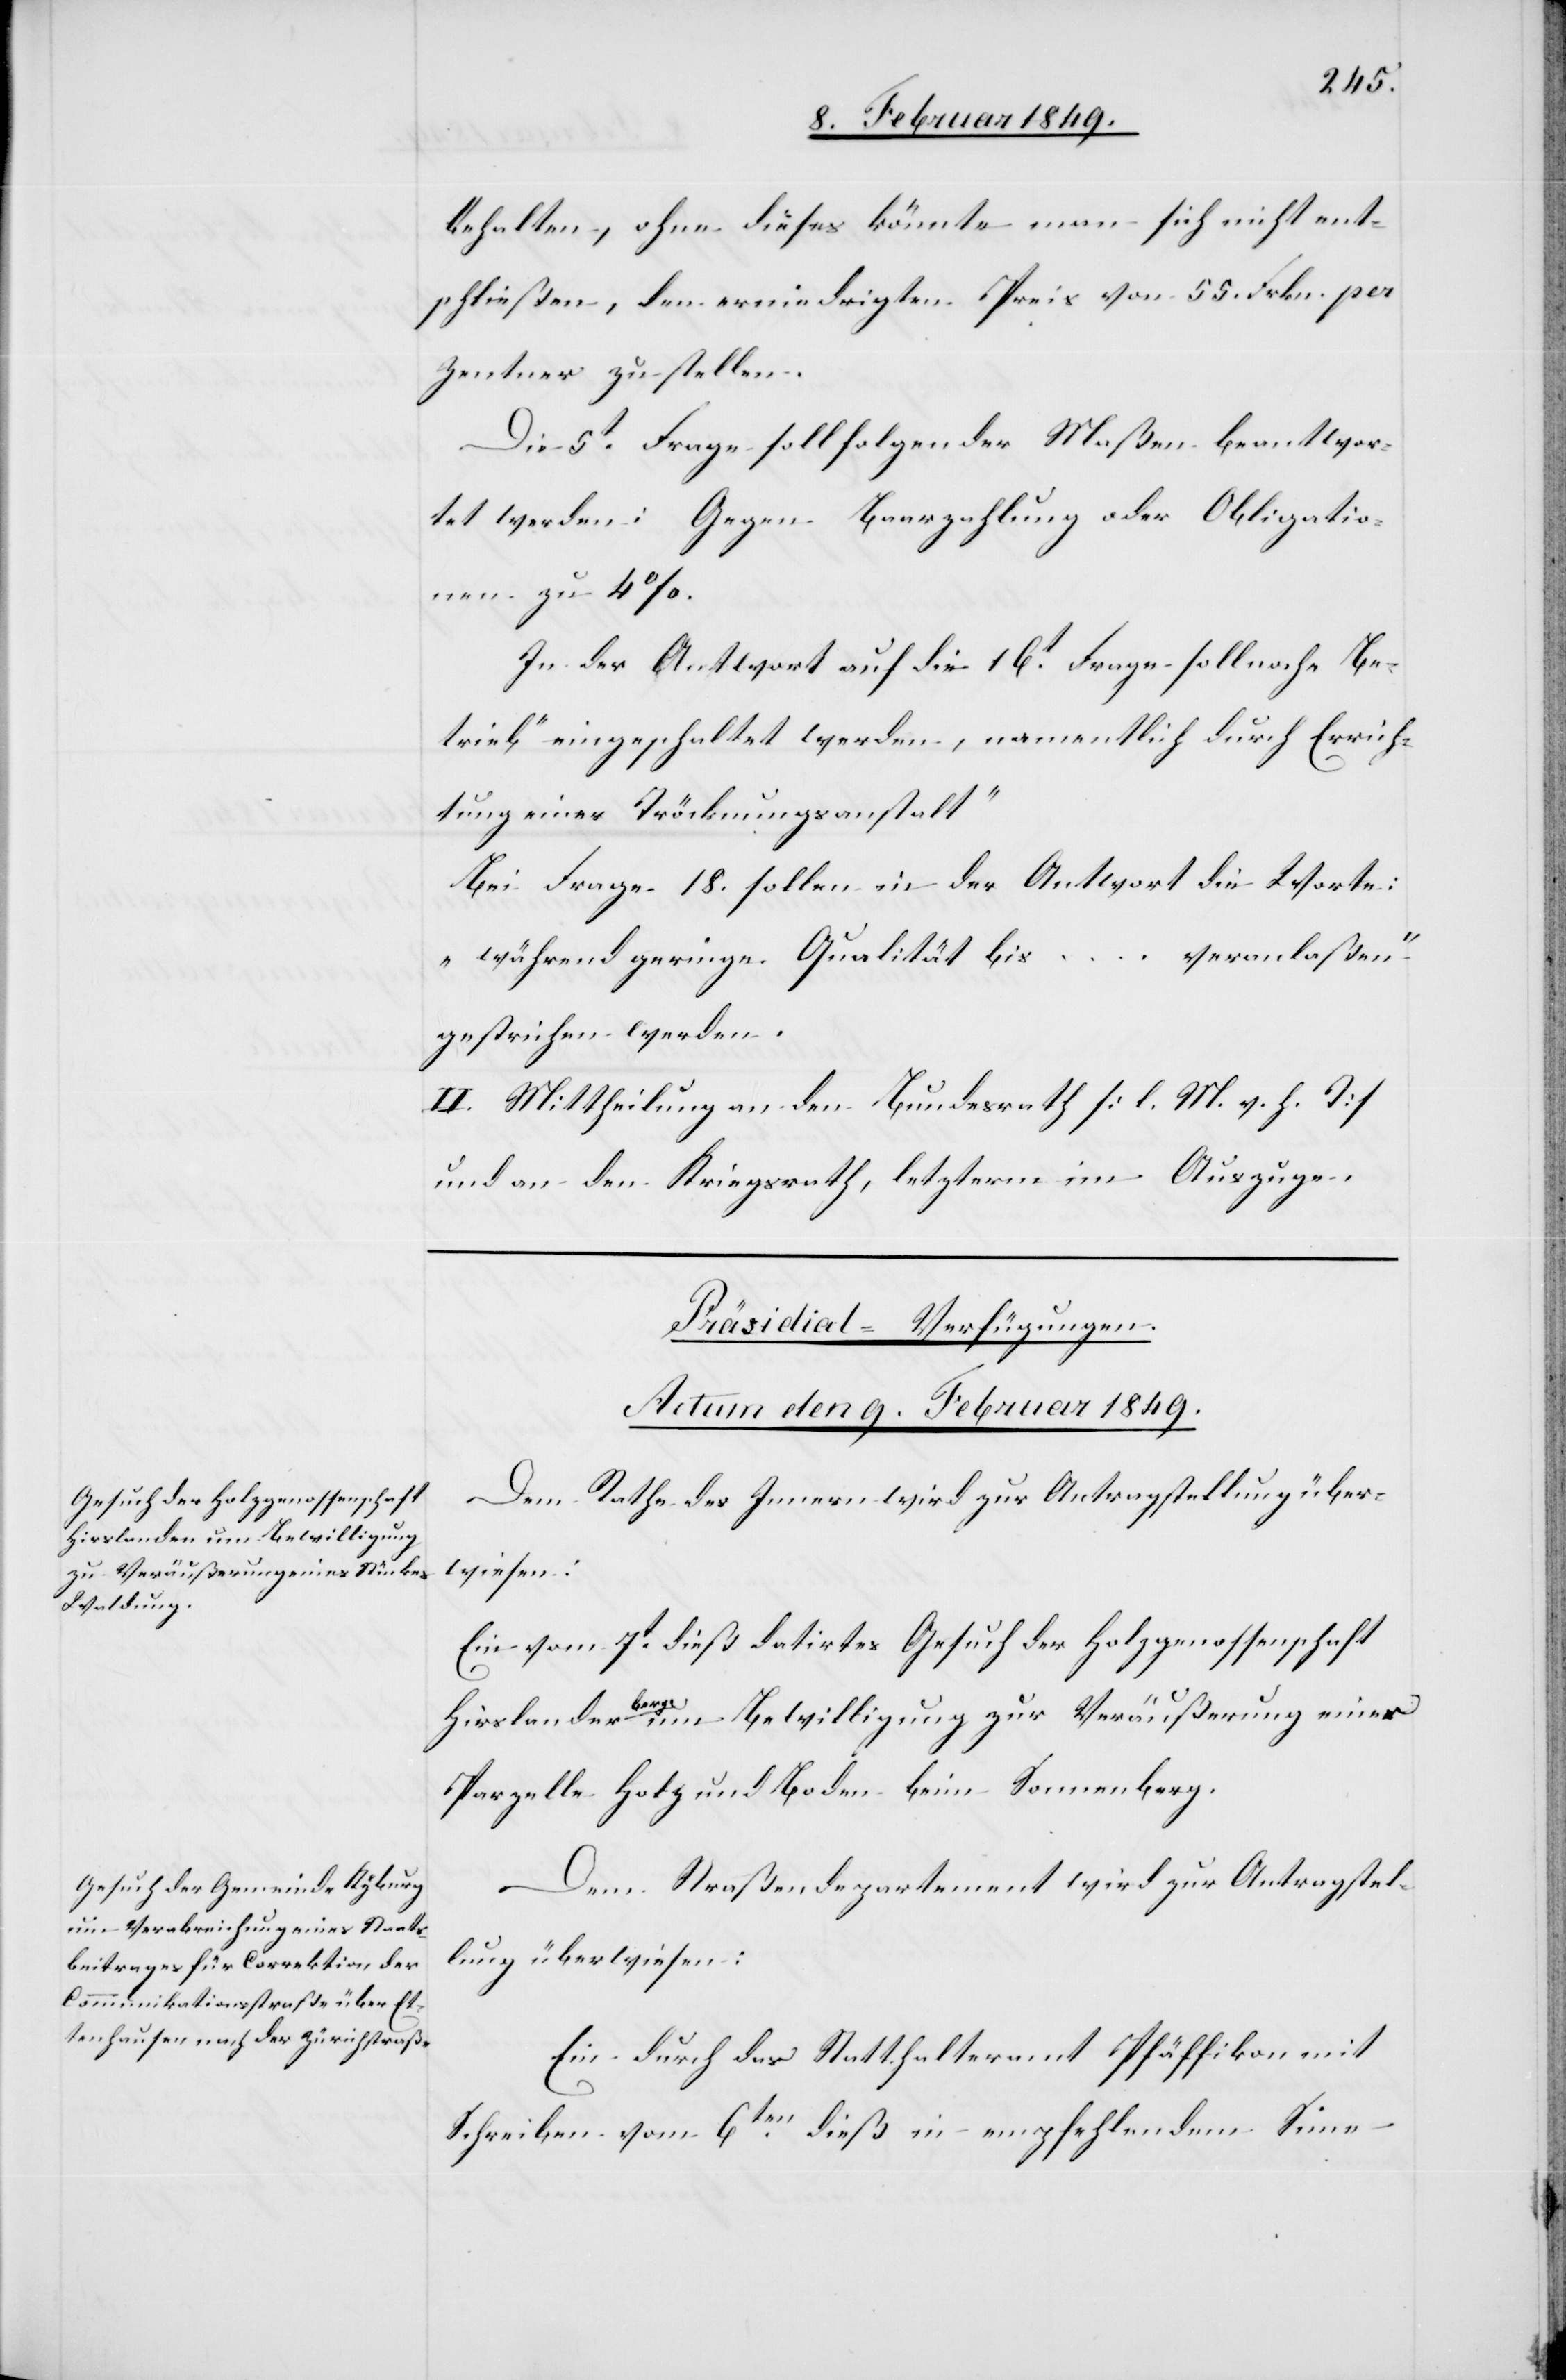
behalten, ohne dieses könnte man sich nicht ent¬
schließen, den erniedrigten Preis von 55. Frkn. per
Zentner zu stellen.
Die 5t. Frage soll folgender Maßen beantwor¬
tet werden: Gegen Baarzahlung oder Obligatio¬
nen zu 4 %.
In der Antwort auf die 16t. Frage soll nach „Be¬
trieb“ eingeschaltet werden, [„]namentlich durch Errich¬
tung einer Tröcknungsanstalt“.
Bei Frage 18. sollen in der Antwort die Worte:
„während geringe Qualität bis … veranlaßen“
gestrichen werden.
II. Mittheilung an den Bundesrath [l. M. v. h. T]
und an den Kriegsrath, letzterm im Auszuge.
[Präsidial-Verfügungen.
Actum den 9. Februar 1849.]
Dem Rathe des Innern wird zur Antragstellung über¬
wiesen:
Ein vom 7t. dieß datirtes Gesuch der Holzgenossenschaft
Hirslanderberge um Bewilligung zur Veräußerung einer
Parzelle Holz und Boden beim Sonnenberg.
Dem Straßendepartement wird zur Antragstel¬
lung überwiesen:
Ein durch das Statthalteramt Pfäffikon mit
Schreiben vom 6ten. dieß in empfehlendem Sime